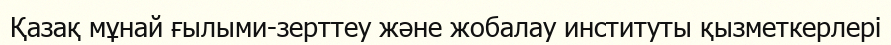
Қазақ мұнай ғылыми-зерттеу және жобалау институты қызметкерлері